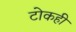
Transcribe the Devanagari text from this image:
टोकही